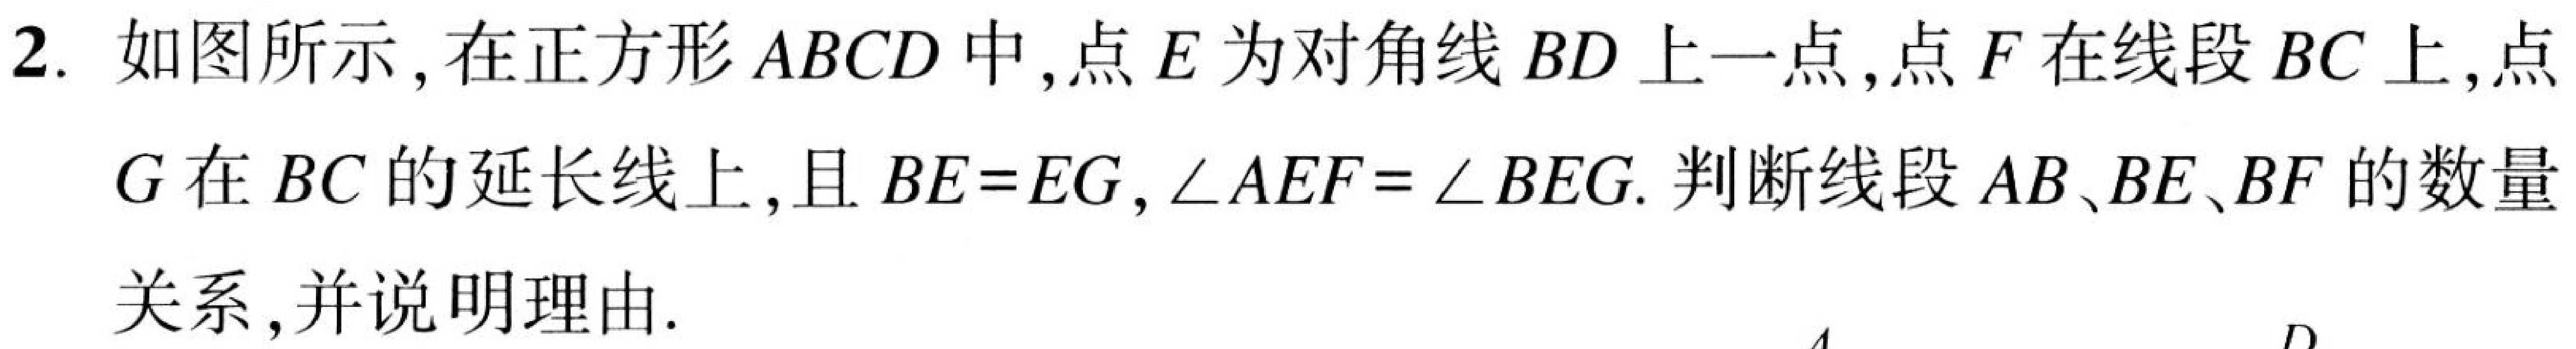
2. 如图所示,在正方形$ABCD$中,点$E$为对角线$BD$上一点,点$F$在线段$BC$上,点
$G$在$BC$的延长线上,且$BE = EG$, $\angle AEF=\angle BEG$. 判断线段$AB、BE、BF$的数量
关系,并说明理由.